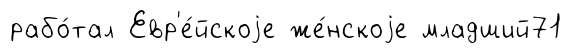
рабо́тал Евр'е́йскоjе же́нскоjе младший71